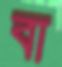
বা